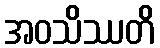
အဝသိဿတိ